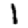
Digit: 1